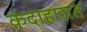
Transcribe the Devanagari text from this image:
कंदाहारात